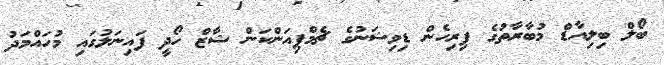
ބޯލް ބިލިއާޑް މުބާރާތުގެ ފިރިހެން ޑިވިޝަނުގެ ޗެމްޕިއަންކަން ޝާޒް ހޯދީ ފައިނަލުގައި މުހައްމަދު